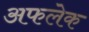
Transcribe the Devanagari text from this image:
अफलेक